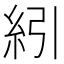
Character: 紖